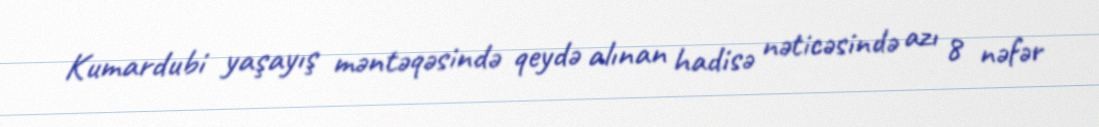
Kumardubi yaşayış məntəqəsində qeydə alınan hadisə nəticəsində azı 8 nəfər